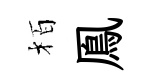
栢鳯